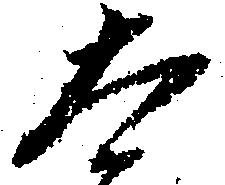
太